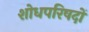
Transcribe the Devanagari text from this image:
शोधपरिषदों